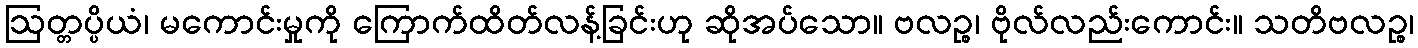
ဩတ္တပ္ပိယံ၊ မကောင်းမှုကို ကြောက်ထိတ်လန့်ခြင်းဟု ဆိုအပ်သော။ ဗလဉ္စ၊ ဗိုလ်လည်းကောင်း။ သတိဗလဉ္စ၊